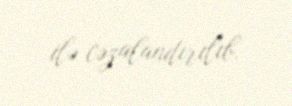
ilə cəzalandırılıb.